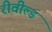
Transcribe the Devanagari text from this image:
रीवील्ड